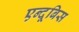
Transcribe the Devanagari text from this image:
एन्दूबिस